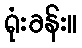
ရုံးခန်း။